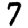
Digit: 7